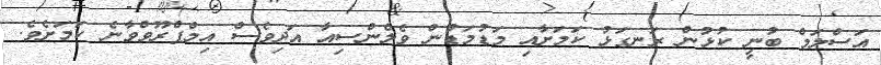
އަސްލަމް ބުނީ ކުޅުން ރަނގަޅު ކަމަށާއި މަޑުމަޑުން ވެލެންސިއާ އަދިވެސް އިމްޕްރޫވްވާނެ ކަމަށެވެ.